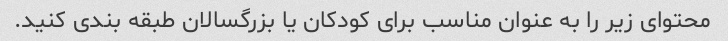
محتوای زیر را به عنوان مناسب برای کودکان یا بزرگسالان طبقه بندی کنید.